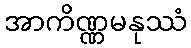
အာကိဏ္ဏမနုဿံ